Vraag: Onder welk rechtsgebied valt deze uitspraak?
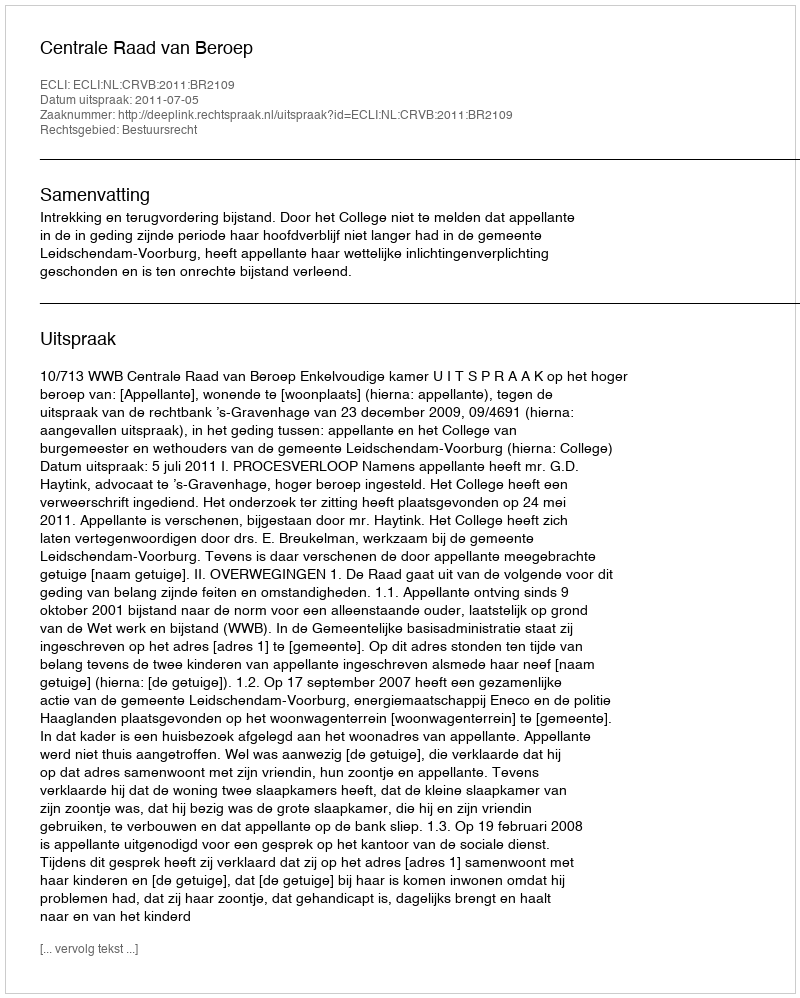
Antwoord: Bestuursrecht